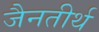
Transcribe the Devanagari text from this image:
जैनतीर्थ